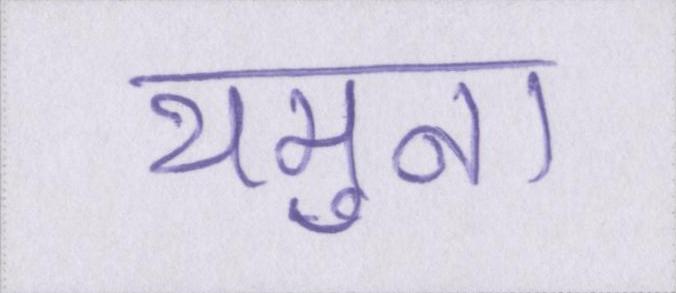
यमुना